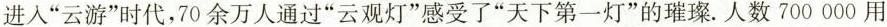
进入“云游”时代，70余万人通过”云观灯“感受了”天下第一灯”的璀璨。人数700000用